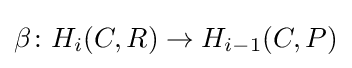
\beta \colon H_{i}(C,R)\to H_{i-1}(C,P)